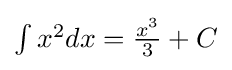
\textstyle \int x^{2}dx={\frac {x^{3}}{3}}+C